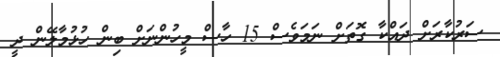
ސަރުކާރަށް ދައްކާ ގޮތަށް ނަމަވެސް 15 ހާސް މީހުންނަށް ބިން ހުޅުމާލޭން ދީ